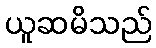
ယူဆမိသည်